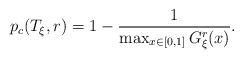
LaTeX: \begin{align*}p_c(T_\xi, r) = 1 - \frac{1}{\max_{x \in [0,1]} G_{\xi}^r(x)}.\end{align*}